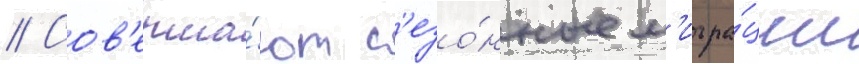
// Сов'ерша́ют с'езо́нные м'игра́ции